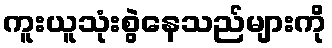
ကူးယူသုံးစွဲနေသည်များကို